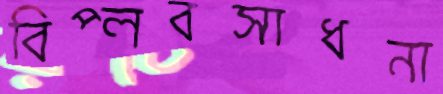
বিপ্লবসাধনা